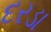
દરડા